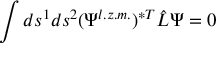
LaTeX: \int d s ^ { 1 } d s ^ { 2 } ( \Psi ^ { l . z . m . } ) ^ { \ast T } \hat { L } \Psi = 0